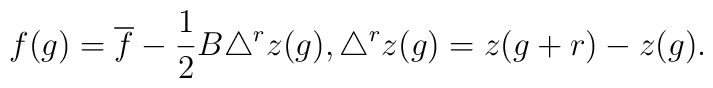
f(g)=\overline{f}-\frac{1}{2}B\triangle ^{r}z(g),\triangle^{r}z(g)=z(g+r)-z(g).